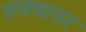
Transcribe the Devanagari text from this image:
सक्वायर